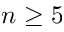
n \geq 5